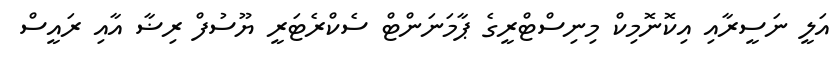
އަލީ ނަސީރާއި އިކޮނޮމިކް މިނިސްޓްރީގެ ޕާމަނަންޓް ސެކްރެޓަރީ ޔޫސުފް ރިޟާ އާއި ރައީސް